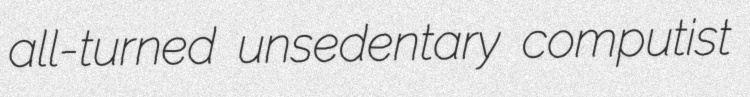
all-turned unsedentary computist